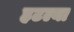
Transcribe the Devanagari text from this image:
हटल्या